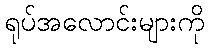
ရုပ်အလောင်းများကို